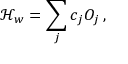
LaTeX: { \mathcal H } _ { w } = \sum _ { j } c _ { j } { \cal O } _ { j } \, ,